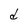
Character: d